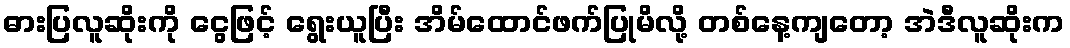
ဓားပြလူဆိုးကို ငွေဖြင့် ရွေးယူပြီး အိမ်ထောင်ဖက်ပြုမိလို့ တစ်နေ့ကျတော့ အဲဒီလူဆိုးက